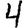
Digit: 4